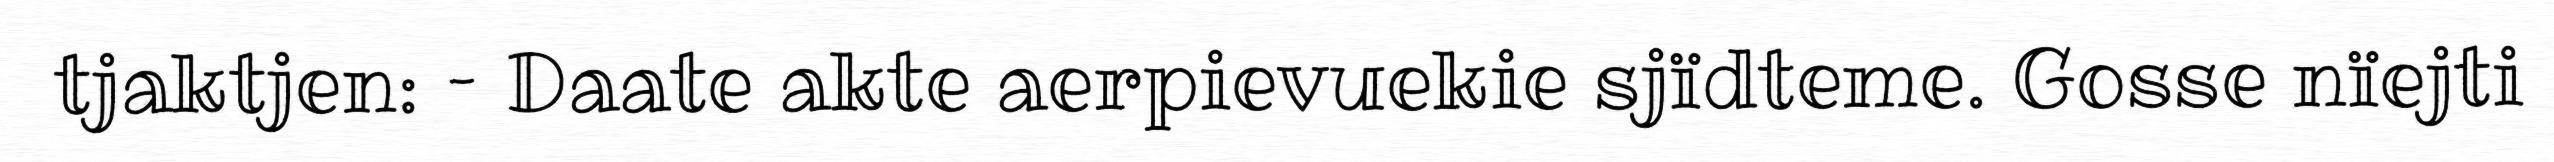
tjaktjen: – Daate akte aerpievuekie sjïdteme. Gosse nïejti